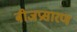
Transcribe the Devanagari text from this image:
बीजप्रसारण